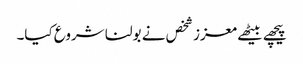
پیچھے بیٹھے معزز شخص نے بولنا شروع کیا۔